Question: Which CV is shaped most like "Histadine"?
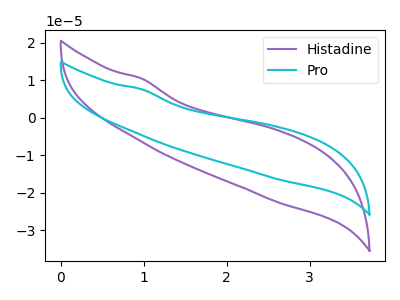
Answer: <think>The purple curve "Histadine" has no peaks. The cyan curve "Pro" has no peaks.
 Neither "Histadine" or "Pro" have any peaks.</think>
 <answer>The CV with the most similar shape to "Pro" is "Histadine".</answer>
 <eval>"Histadine"</eval>